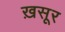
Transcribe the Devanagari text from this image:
ख़सूर